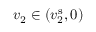
v _ { 2 } \in ( v _ { 2 } ^ { \mathrm { s } } , 0 )